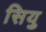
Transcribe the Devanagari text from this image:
सियु